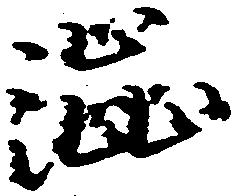
渋